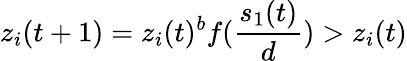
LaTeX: z_{i}(t+1)=z_{i}(t)^{b}f(\frac{s_{1}(t)}{d})>z_{i}(t)